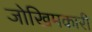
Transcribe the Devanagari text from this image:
जोखिमकारी